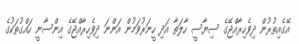
އޭގެއިތުރުން ދިވެހިރާއްޖޭގެ ސިޔާސީ ހާލަތާ އަދި ހީނަރުވަމުން އަންނަ ދިވެހިރާއްޖޭގެ އިންސާނީ ހައްގުތަކުގެ